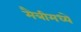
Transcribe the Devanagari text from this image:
मैत्रीमध्ये